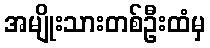
အမျိုးသားတစ်ဦးထံမှ